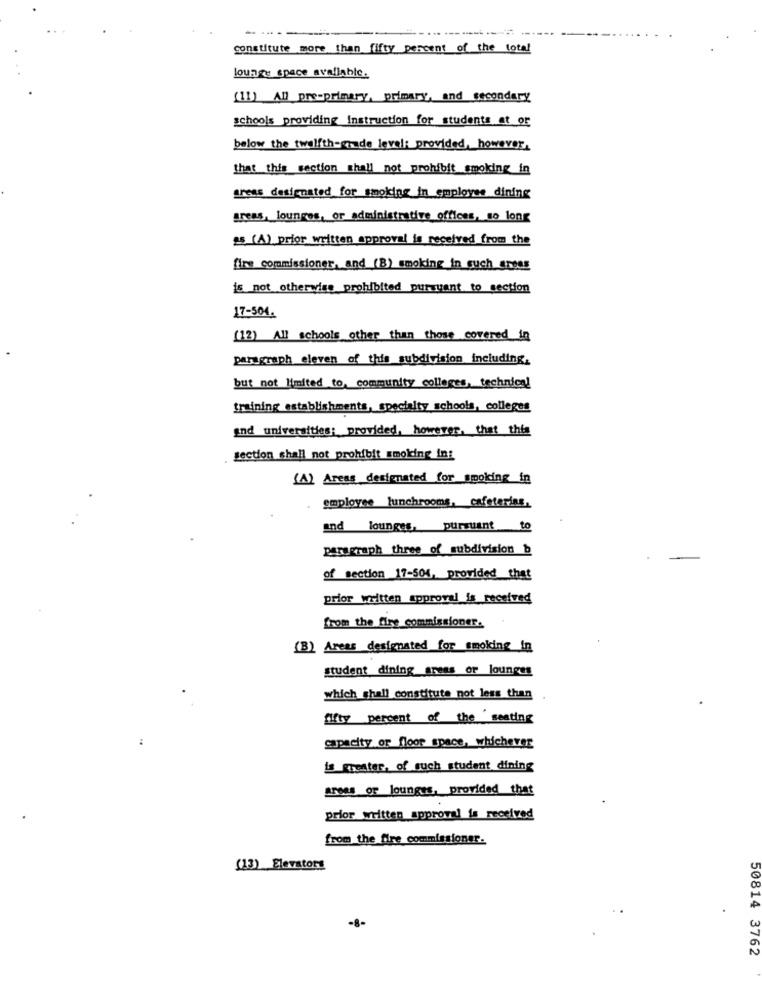
constitute more than fifty percent of the total
lounge space available.
(11) AD pre-primary, primary, and secondary
schools providing Instruction for students at or
below the twelfth-grade level: provided, however,
that this section shall not prohibit smoking in
treas designated for smoking_in_employee dining
Areas, lounges, or administrative offices, so long
as (A) prior written approval is received from the
fire commissioner, and (B) smoking in such gross
is not otherwise prohibited pursuant to section
17-504.
[12) All schools other than those covered in
paragraph eleven of this subdivision including,
but not limited to, community colleges, technical
training establishments, specialty schools, colleges
and universities; provided, however, that this
section shall not prohibit smoking in:
(A) Areas designated for smoking in
employee lunchrooms, cafeterias,
and lounges, pursuant to
paragraph three of subdivision b
of section 17-504, provided that
prior written approval is received
from the fire commissioner.
(B) Areas designated for smoking in
student dining_areas or lounges
which shall constitute not less than
fifty percent of the seating
capacity or floor space, whichever
is greater, of such student dining
areas of lounges, provided that
prior written approval is received
from the fire commissioner.
(13) Elevators
-8-
50814 3762